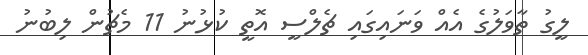
ލީގު ތާވަލުގެ އެއް ވަނައިގައި ޗެލްސީ އޮތީ ކުޅުނު 11 މެޗުން ލިބުނު